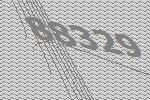
88329